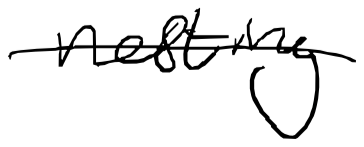
Text: nesting
Cross-out: single-line
Writing tool: digital_black